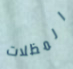
المظلات